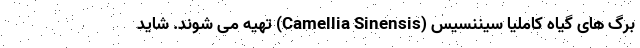
برگ های گیاه کاملیا سیننسیس (Camellia Sinensis) تهیه می شوند. شاید